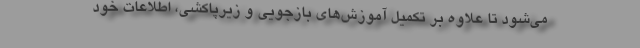
می‌شود تا علاوه بر تکمیل آموزش‌های بازجویی و زیرپاکشی، اطلاعات خود